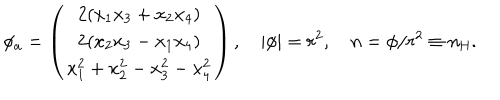
LaTeX: \phi _ { a } = \left( \begin{array} { c } { { 2 ( x _ { 1 } x _ { 3 } + x _ { 2 } x _ { 4 } ) } } \\ { { 2 ( x _ { 2 } x _ { 3 } - x _ { 1 } x _ { 4 } ) } } \\ { { x _ { 1 } ^ { 2 } + x _ { 2 } ^ { 2 } - x _ { 3 } ^ { 2 } - x _ { 4 } ^ { 2 } } } \\ \end{array} \right) , \quad | \phi | = r ^ { 2 } , \quad n = \phi / r ^ { 2 } \equiv n _ { \mathrm { H } } .